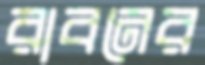
রাবনের